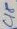
Text: C18